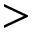
>